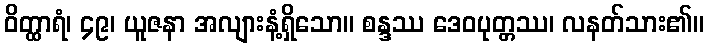
ဝိတ္ထာရံ၊ ၄၉၊ ယူဇနာ အလျားနံ့ရှိသော။ စန္ဒဿ ဒေဝပုတ္တဿ၊ လနတ်သား၏။